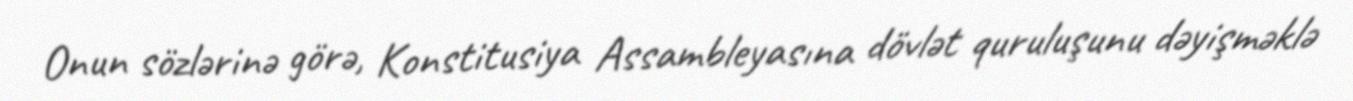
Onun sözlərinə görə, Konstitusiya Assambleyasına dövlət quruluşunu dəyişməklə